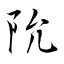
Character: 阭